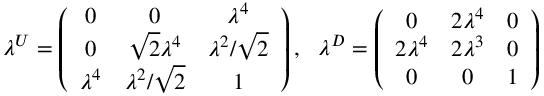
\lambda ^ { U } = \left( \begin{array} { c c c } { { 0 } } & { { 0 } } & { { \lambda ^ { 4 } } } \\ { { 0 } } & { { \sqrt { 2 } \lambda ^ { 4 } } } & { { \lambda ^ { 2 } / \sqrt { 2 } } } \\ { { \lambda ^ { 4 } } } & { { \lambda ^ { 2 } / \sqrt { 2 } } } & { { 1 } } \end{array} \right) , \ \ \lambda ^ { D } = \left( \begin{array} { c c c } { { 0 } } & { { 2 \lambda ^ { 4 } } } & { { 0 } } \\ { { 2 \lambda ^ { 4 } } } & { { 2 \lambda ^ { 3 } } } & { { 0 } } \\ { { 0 } } & { { 0 } } & { { 1 } } \end{array} \right)